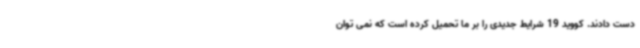
دست دادند. کووید 19 شرایط جدیدی را بر ما تحمیل کرده است که نمی توان